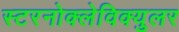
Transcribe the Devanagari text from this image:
स्टरनोक्लेविक्युलर